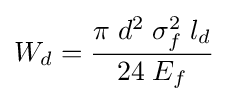
W_{d}={\frac {\pi \;d^{2}\;\sigma _{f}^{2}\;l_{d}}{24\;E_{f}}}